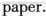
paper.